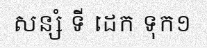
សន្សំ ទី ដេក ទុក១